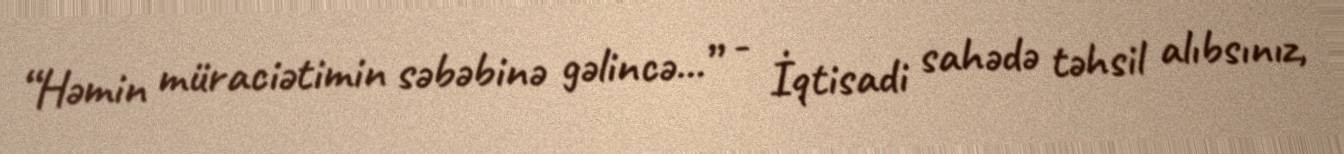
“Həmin müraciətimin səbəbinə gəlincə...” - İqtisadi sahədə təhsil alıbsınız,